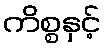
ကိစ္စနှင့်